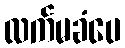
လက်မခံပေ